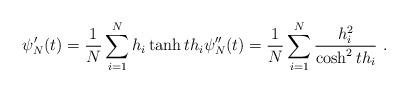
LaTeX: \begin{align*}\psi'_N(t)= \frac{1}{N}\sum_{i=1}^N h_i \tanh t h_i \psi_N''(t)=\frac{1}{N}\sum_{i=1}^N \frac{h_i^2}{\cosh^2 t h_i}\ .\end{align*}